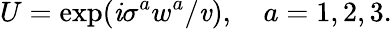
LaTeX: U=\exp(\mathit{i}\sigma^{a}w^{a}/\mathit{v}),\ \ \ \ a=1,2,3.